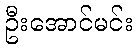
ဦးအောင်မင်း